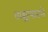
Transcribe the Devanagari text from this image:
वाङ्मयातले